Report on vaccination in Madras 1904-1921 - 1904-1921
Year: 1904
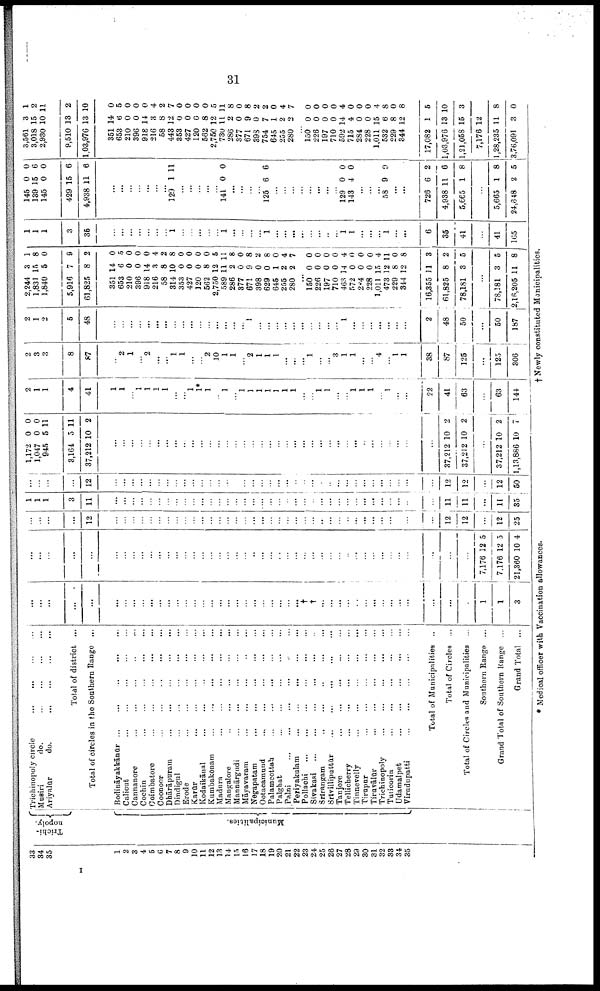
31
33
34
35
1
2
3
4
5
6
7
8
9
10
11
12
13
14
15
16
17
18
19
20
21
22
23
24
25
26
27
28
29
30
31
32
33
34
35
Trichi-
nopoly.
Municipalities.
Trichinopoly circle ... ... ... ...
Musiri
do.
...
...
...
...
Ariyalūr
do.
...
...
...
...
Total of district ...
Total of circles in the Southern Range ...
Bodināyakkānūr
...
...
...
...
...
Calicut
...
...
...
...
...
Cannanore
...
...
...
...
...
Cochin
...
...
...
...
...
Coimbatore
...
...
...
...
...
Coonoor
...
...
...
...
...
Dhārāpuram
...
...
...
...
...
Dindigul ... ... ... ... ...
Erode
...
...
...
...
...
Karūr
...
...
...
...
...
Kodaikānal
...
...
...
...
...
Kumbakōnam
...
...
...
...
...
Madura ... ... ... ... ...
Mangalore
...
...
...
...
...
Mannārgudi ... ... ... ... ...
Māyavaram
...
...
...
...
...
Negapatam
...
...
...
...
...
Ootacamund
...
...
...
...
...
Palamcottah
...
...
...
...
...
Palghat
...
...
...
...
...
Palni
...
...
...
...
...
...
Periyakulam
...
...
...
...
...
Pollachi
...
...
...
...
...
...
Sivakashi
...
...
...
...
...
...
Srīrangam ... ... ... ... ...
Srīvilliputtūr
...
...
...
...
...
Tanjore
...
...
...
...
...
Tellicherry
...
...
...
...
...
Tinnevelly
...
...
...
...
...
Tirupur
...
...
...
...
...
Tiruvālūr
...
...
...
...
...
Trichinopoly
...
...
...
...
...
Tuticorin ... ... ... ... ...
Udamalpet
...
...
...
...
...
Virudupatti
...
...
...
...
...
Total of Municipalities ..
Total of Circles ...
Total of Circles and Municipalities ...
Southern Range ...
Grand Total of Southern Range ...
Grand Total ...
...
...
...
...
...
...
...
...
...
...
...
...
...
...
...
...
...
...
...
...
...
...
...
...
...
...
...
†
†
...
...
...
...
...
...
...
...
...
...
...
...
...
...
1
1
3
...
...
...
...
...
...
...
...
...
...
...
...
...
...
...
...
...
...
...
...
...
...
...
...
...
...
...
...
...
...
...
...
...
...
...
...
...
...
...
...
...
...
...
7,176
7,176
21,360
12
12
10
5
5
4
...
...
...
...
12
...
...
...
...
...
...
...
...
...
...
...
...
...
...
...
...
...
...
...
...
...
...
...
...
...
...
...
...
...
...
...
...
...
...
...
...
12
12
...
12
25
1
1
1
3
11
...
...
...
...
...
...
...
...
...
...
...
...
...
...
...
...
...
....
...
...
...
...
...
...
...
...
...
...
...
...
...
...
...
...
...
...
11
11
...
11
35
...
...
...
...
12
...
...
...
...
...
...
...
...
...
...
...
...
...
...
...
...
...
...
...
...
...
...
...
...
...
...
...
...
...
...
...
...
...
...
...
...
12
12
...
12
50
1,172
1,047
945
3,164
37,212
0
0
5
5
10
0
0
11
11
2
...
...
...
...
...
...
...
...
...
...
...
...
...
...
...
...
...
...
...
...
...
...
...
...
...
...
...
...
...
...
...
...
...
...
...
...
37,212
37,212
10
10
2
2
...
37,212
1,13,886
10
10
2
7
2
1
1
4
41
1
1
...
1
1
1
1
...
...
1
1*
1
...
1
...
1
1
1
1
1
1
1
...
...
1
1
...
...
1
1
1
...
1
...
...
22
41
63
...
63
144
2
3
3
8
87
...
2
1
...
2
...
...
1
1
...
...
2
10
1
1
...
2
1
1
1
...
...
...
1
...
...
3
1
1
...
...
4
...
1
1
38
87
125
...
125
306
2
1
2
5
48
...
...
...
...
...
...
...
...
...
...
...
...
...
...
...
...
1
...
...
...
...
...
...
...
...
...
...
1
...
...
...
...
...
...
...
2
48
50
...
50
187
2,244
1,831
1,840
5,916
61,825
351
653
210
396
918
216
58
314
353
427
120
562
2,750
589
286
377
671
398
629
645
255
280
3
15
5
7
8
14
6
0
0
14
3
8
10
0
0
0
8
12
11
2
0
9
0
0
1
2
2
1
8
0
9
2
0
5
0
0
0
4
2
8
0
0
0
0
5
11
8
0
8
2
8
0
4
7
...
150
226
197
710
463
572
204
228
1,011
473
229
344
16,355
61,825
78,181
0
0
0
0
14
0
0
0
15
12
8
12
11
8
3
0
0
0
0
4
0
0
0
4
11
0
8
3
2
5
...
78,181
2,16,205
3
11
5
8
1
1
1
3
35
...
...
...
...
...
...
...
1
...
...
...
...
...
1
...
...
...
...
1
...
...
...
...
...
...
...
...
1
1
...
...
...
1
...
...
6
35
41
...
41
165
145
139
145
429
4,938
0
15
0
15
11
0
6
0
6
6
...
...
...
...
...
...
...
129 1 11
...
...
...
...
...
141 0 0
...
...
...
...
125 6 6
...
...
...
...
...
...
...
...
129
143
0
4
0
0
...
...
...
58 9 9
...
...
726
4,938
5,665
6
11
1
2
6
8
...
5,665
24,648
1
2
8
5
3,561
3,018
2,930
9,510
1,03,976
351
653
210
396
918
216
58
443
353
427
120
562
2,750
730
286
377
671
398
754
645
255
280
3
15
10
13
13
14
6
0
0
14
3
8
12
0
0
0
8
12
11
2
0
9
0
7
1
2
2
1
2
11
2
10
0
5
0
0
0
4
2
7
0
0
0
0
5
11
8
0
8
2
2
0
4
7
...
150
226
197
710
592
715
284
228
1,011
532
229
344
17,082
1,03,976
1,21,058
7,176
1,28,235
3,76,091
0
0
0
0
14
4
0
0
15
6
8
12
1
13
15
12
11
3
0
0
0
0
4
0
0
0
4
8
0
8
5
10
3
8
0
* Medical officer with Vaccination allowances.
† Newly constituted Municipalities.
I